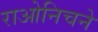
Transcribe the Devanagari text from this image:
राओनिचने